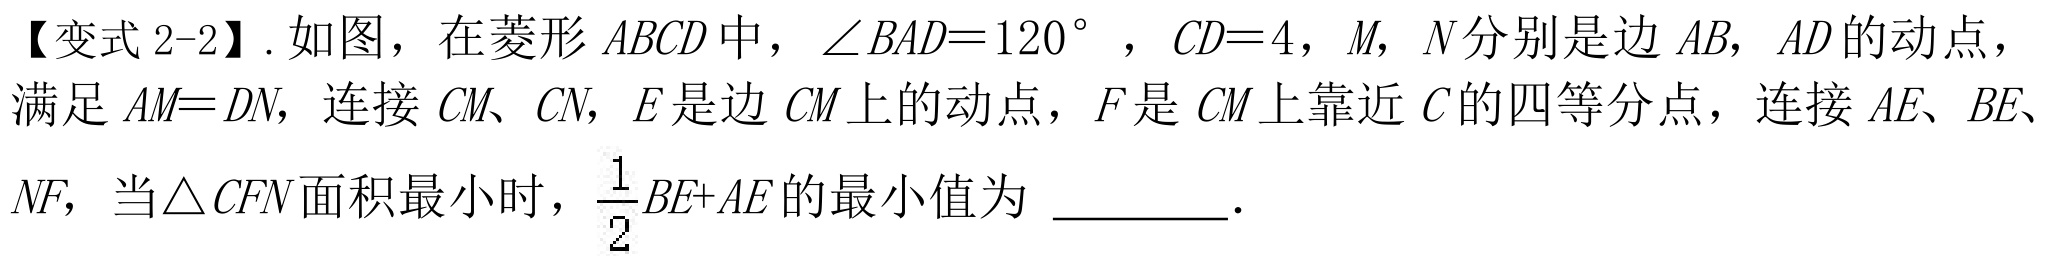
【变式2-2】. 如图，在菱形 \(ABCD\) 中，\(\angle BAD = 120^{\circ}\)，\(CD = 4\)，\(M\)，\(N\) 分别是边 \(AB\)，\(AD\) 的动点，满足 \(AM = DN\)，连接 \(CM\)、\(CN\)，\(E\) 是边 \(CM\) 上的动点，\(F\) 是 \(CM\) 上靠近 \(C\) 的四等分点，连接 \(AE\)、\(BE\)、\(NF\)，当 \(\triangle CFN\) 面积最小时，\(\frac{1}{2}BE + AE\) 的最小值为 \_\_\_\_\_．